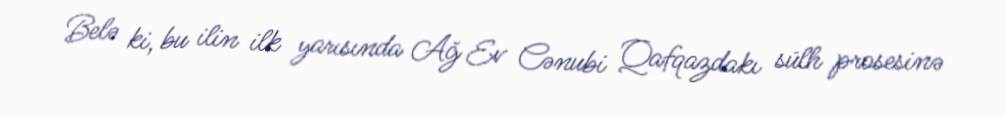
Belə ki, bu ilin ilk yarısında Ağ Ev Cənubi Qafqazdakı sülh prosesinə